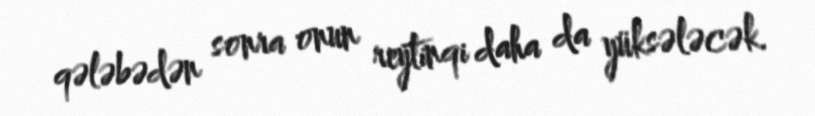
qələbədən sonra onun reytinqi daha da yüksələcək.